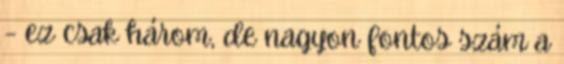
– ez csak három, de nagyon fontos szám a